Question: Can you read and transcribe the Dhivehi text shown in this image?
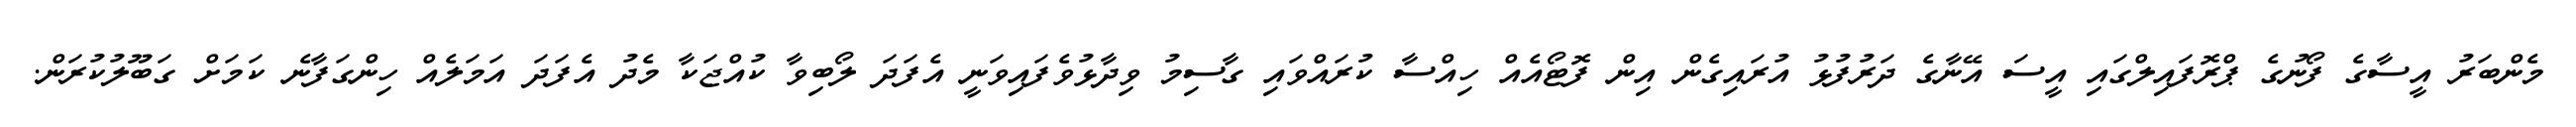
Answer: މެންބަރު އީސާގެ ފޯނުގެ ޕްރޮފައިލްގައި އީސަ އޭނާގެ ދަރުފުޅު އުރައިގެން އިން ފޮޓޯއެއް ހިއްސާ ކުރައްވައި ގާސިމު ވިދާޅުވެފައިވަނީ އެފަދަ ލޯބިވާ ކުއްޖަކާ މެދު އެފަދަ އަމަލެއް ހިންގަފާނެ ކަމަށް ގަބޫލުކުރަން.